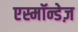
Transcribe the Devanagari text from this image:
एस्मॉन्डेज़